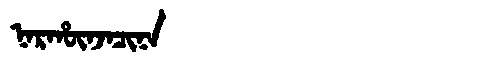
Manchu: ᠨᠠᡵᡥᡡᠨᠵᠠᠴᡳᠨᠠ
Romanization: NARHŪNJACINA